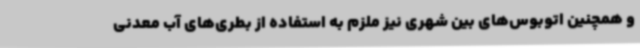
و همچنین اتوبوس‌های بین شهری نیز ملزم به استفاده از بطری‌های آب معدنی